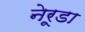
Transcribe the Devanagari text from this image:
नेरूडा